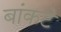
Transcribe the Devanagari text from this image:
बांकटे